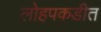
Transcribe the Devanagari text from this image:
लोहपकडीत